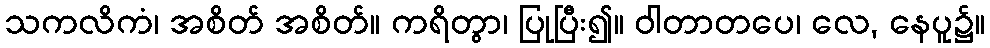
သကလိကံ၊ အစိတ် အစိတ်။ ကရိတွာ၊ ပြုပြီး၍။ ဝါတာတပေ၊ လေ, နေပူ၌။